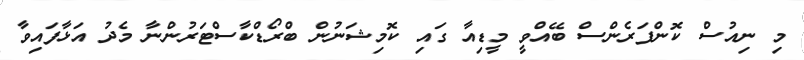
މި ނިއުސް ކޮންފަރެންސް ބޭއްވީ މީޑިއާ ގައި ކޮމިޝަނުން ބްރޯޑްކާސްޓަރުންނާ މެދު އަޅާފައިވާ